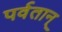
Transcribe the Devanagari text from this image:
पर्वतान्